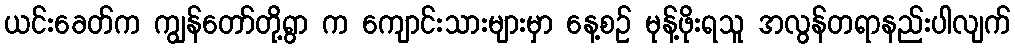
ယင်းခေတ်က ကျွန်တော်တို့ရွာ က ကျောင်းသားများမှာ နေ့စဉ် မုန့်ဖိုးရသူ အလွန်တရာနည်းပါလျက်